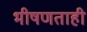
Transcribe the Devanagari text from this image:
भीषणताही